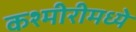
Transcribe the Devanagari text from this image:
कश्मीरीमध्ये